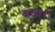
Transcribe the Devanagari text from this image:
सकारों